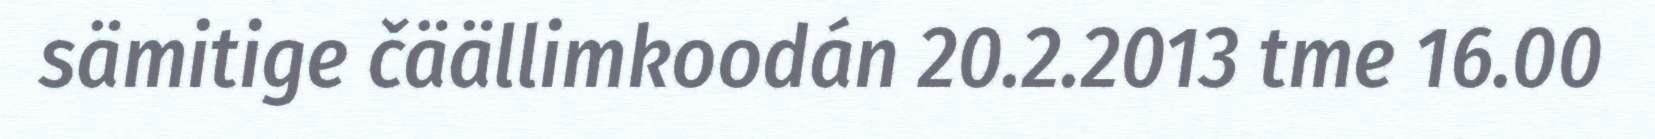
sämitige čäällimkoodán 20.2.2013 tme 16.00